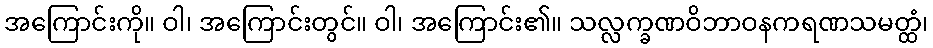
အကြောင်းကို။ ဝါ၊ အကြောင်းတွင်။ ဝါ၊ အကြောင်း၏။ သလ္လက္ခဏဝိဘာဝနကရဏသမတ္ထံ၊